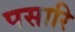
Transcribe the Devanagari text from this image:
पसारि